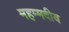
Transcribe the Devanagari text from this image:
महम्मदीय